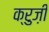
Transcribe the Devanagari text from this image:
क्रुज़ी